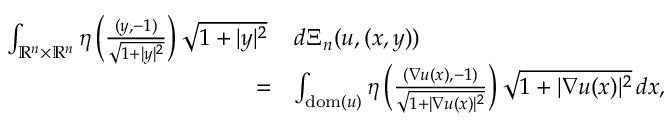
\begin{array} { r l } { \int _ { \mathbb { R } ^ { n } \times \mathbb { R } ^ { n } } \eta \left( \frac { ( y , - 1 ) } { \sqrt { 1 + | y | ^ { 2 } } } \right) \sqrt { 1 + | y | ^ { 2 } } \, } & { d \Xi _ { n } ( u , ( x , y ) ) } \\ { = } & { \int _ { \mathrm { d o m } ( u ) } \eta \left( \frac { ( \nabla u ( x ) , - 1 ) } { \sqrt { 1 + | \nabla u ( x ) | ^ { 2 } } } \right) \sqrt { 1 + | \nabla u ( x ) | ^ { 2 } } \, d x , } \end{array}